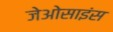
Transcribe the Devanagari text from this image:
जेओसाइंस